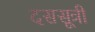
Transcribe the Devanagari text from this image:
दससूत्री